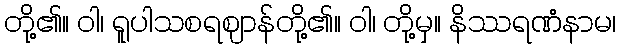
တို့၏။ ဝါ၊ ရူပါသစရဈာန်တို့၏။ ဝါ၊ တို့မှ။ နိဿရဏံနာမ၊